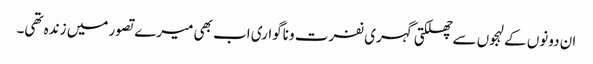
ان دونوں کے لہجوں سے چھلکتی گہری نفرت و ناگواری اب بھی میرے تصور میں زندہ تھی۔